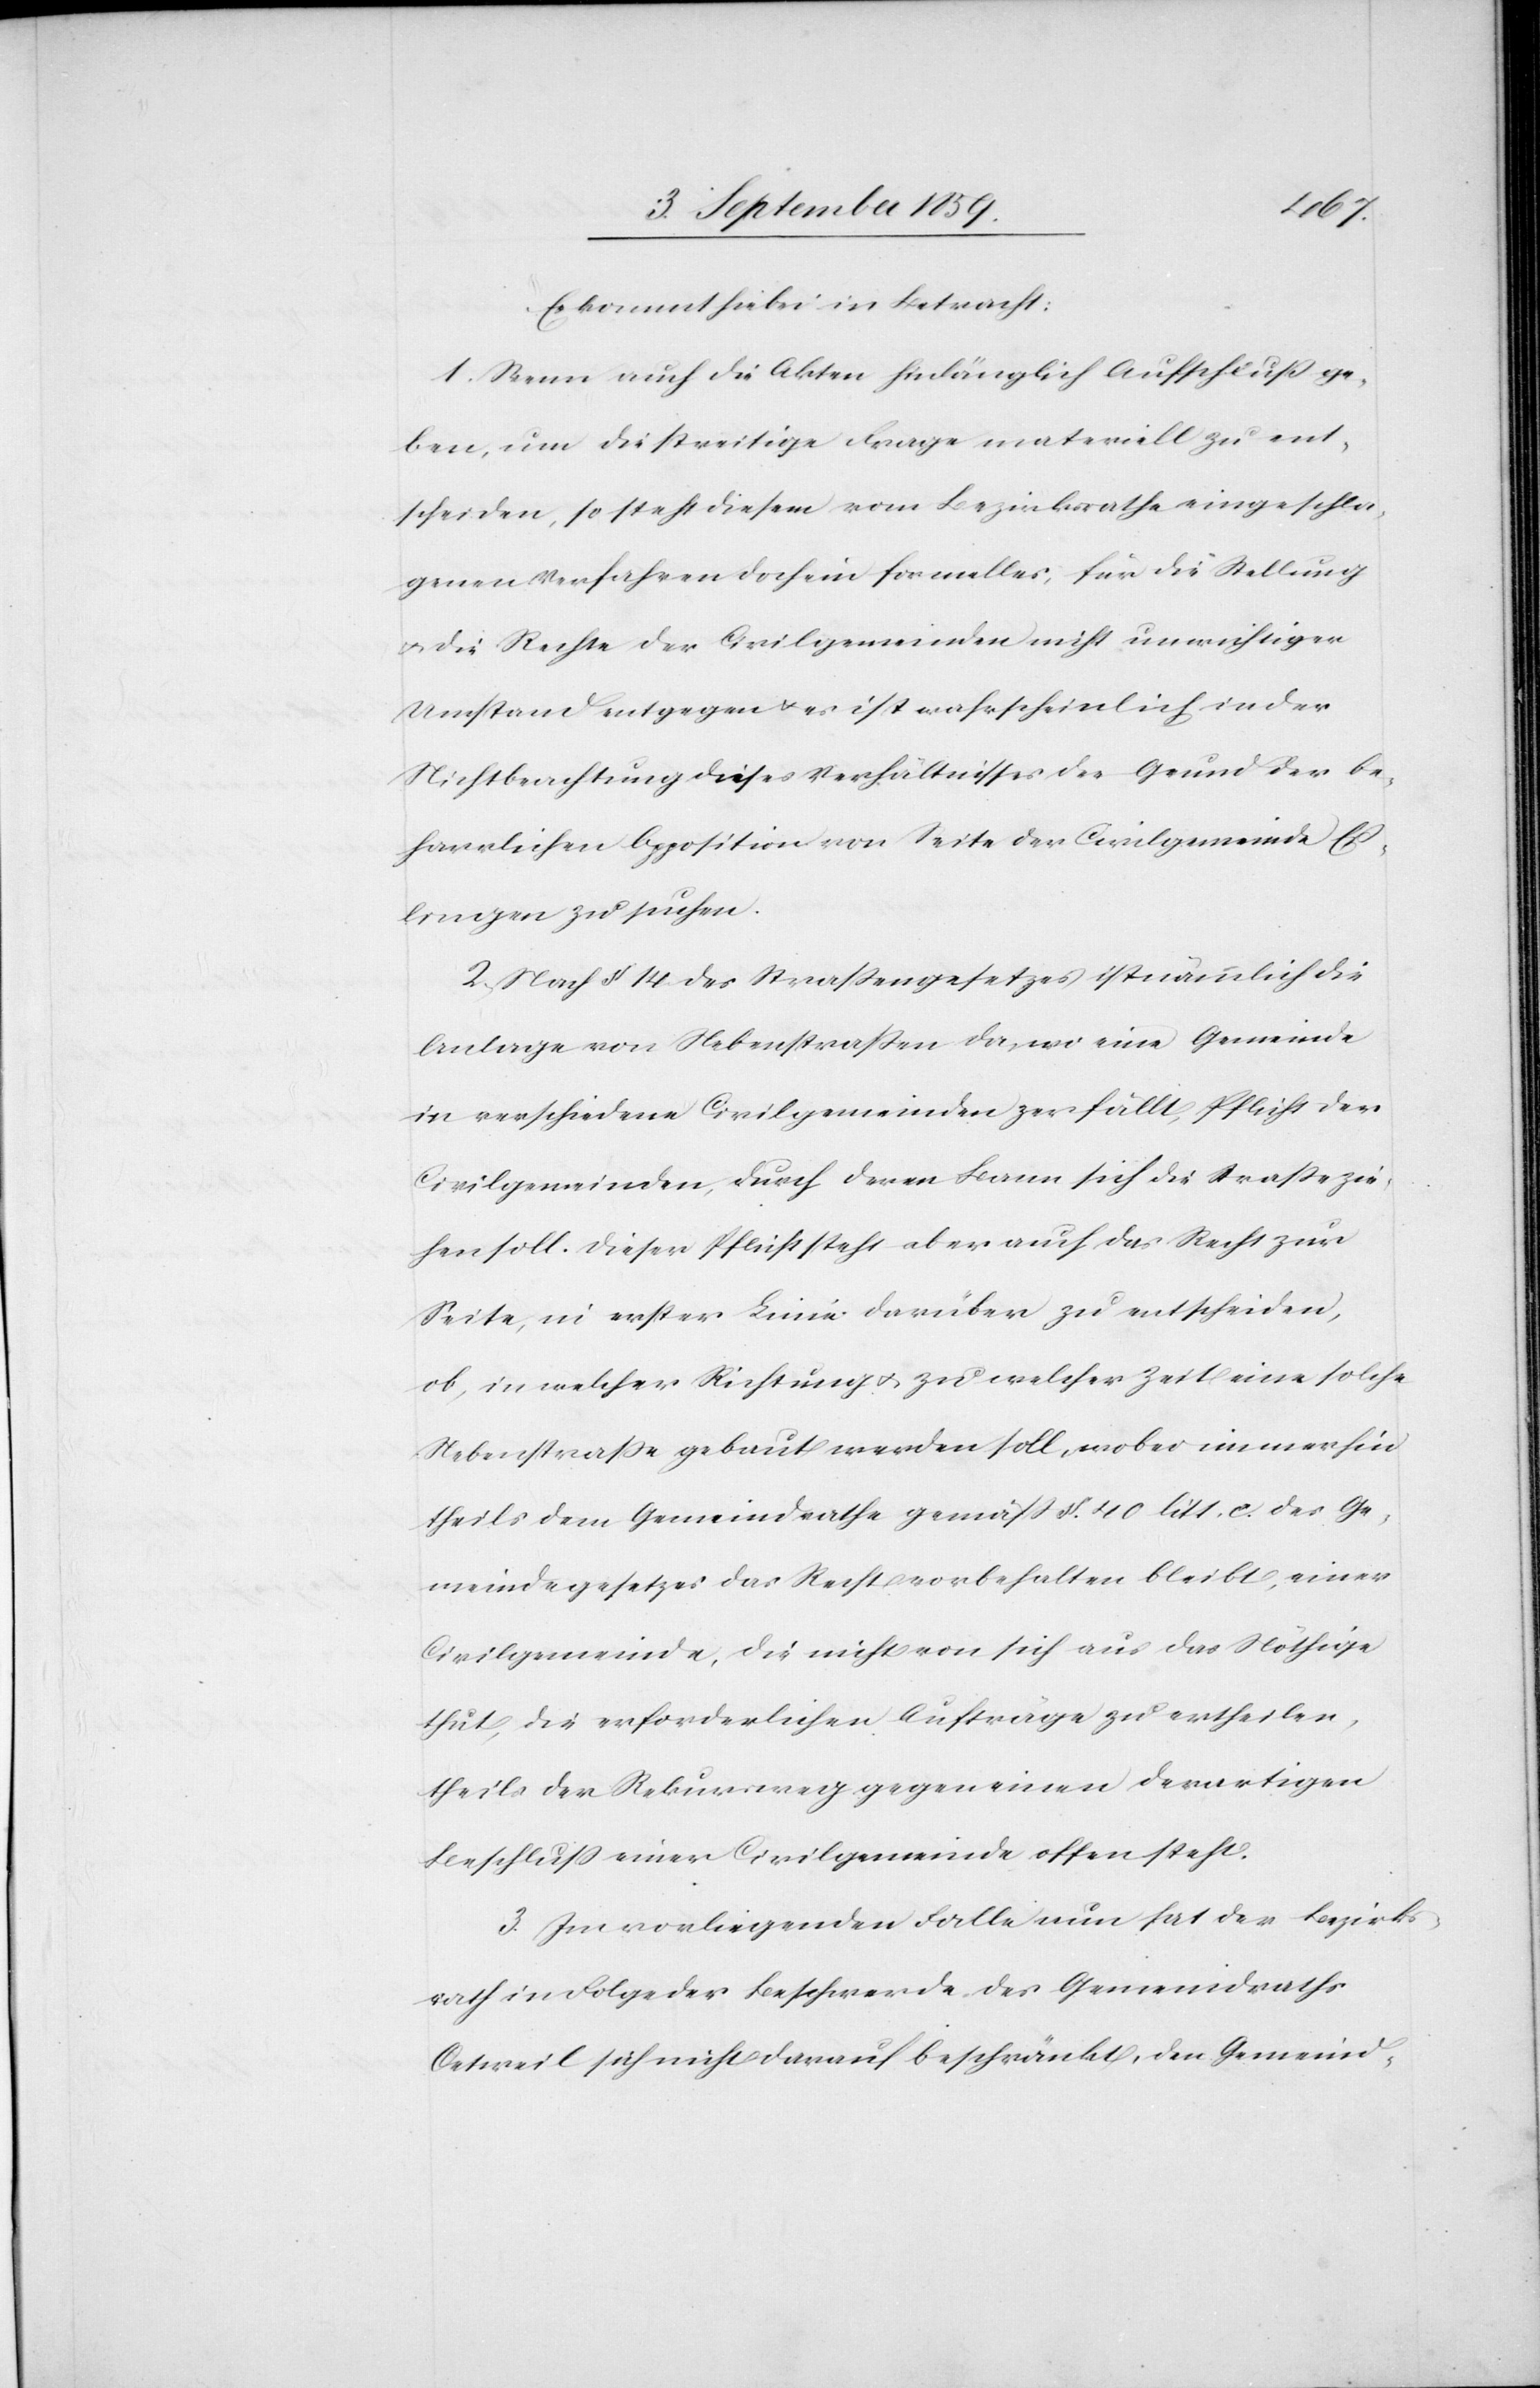
Es kommt hiebei in Betracht:
1. Wenn auch die Akten hinlänglich Aufschluß ge¬
ben, um die streitige Frage materiell zu ent¬
scheiden, so steht diesem vom Bezirksrathe eingeschla¬
genen Verfahren doch ein formelles, für die Stellung
& die Rechte der Civilgemeinde nicht unrichtiger
Umstand entgegen & es ist wahrscheinlich in der
Nichtbeachtung dieses Verhältnisses der Grund der be¬
harrlichen Opposition von Seite der Civilgemeinde Eß¬
lingen zu suchen.
2. Nach § 14 des Straßengesetzes ist nämmlich die
Anlage von Nebenstraßen da, wo eine Gemeinde
in verschiedene Civilgemeinden zerfällt, Pflicht der
Civilgemeinden, durch deren Bann sich die Straße zie¬
hen soll. Dieser Pflicht steht aber auch das Recht zur
Seite, in erster Linie darüber zu entscheiden,
ob, in welcher Richtung & zu welcher Zeit eine solche
Nebenstraße gebaut werden soll, wobei immerhin
theils dem Gemeindrathe gemäß §. 40 litt. c. des Ge¬
meindegesetzes das Recht vorbehalten bleibt, einer
Civilgemeinde, die nicht von sich aus das Nöthige
thut, die erforderlichen Aufträge zu ertheilen,
theils der Rekursweg gegen einen derartigen
Beschluß einer Civilgemeinde offen steht.
3. Im vorliegenden Falle nun hat der Bezirks¬
rath in folgender Beschwerde des Gemeindrathes
Oetweil sich nicht darauf beschränkt, den Gemeind-